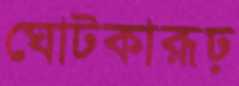
ঘোটকারূঢ়